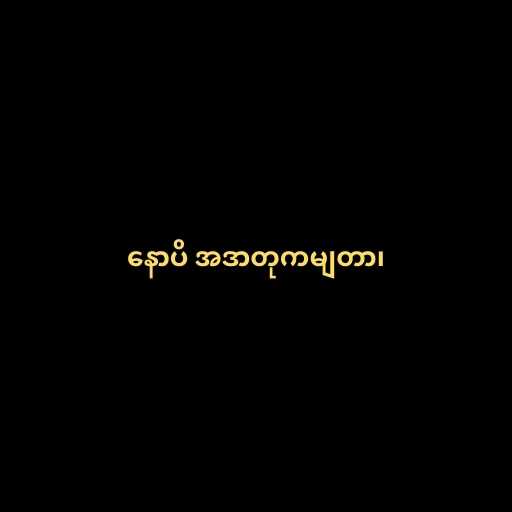
နောပိ အဒာတုကမျတာ၊